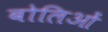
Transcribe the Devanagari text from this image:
बोलिओं